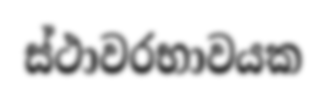
ස්ථාවරභාවයක